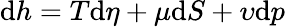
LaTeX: \mathrm{d}h=T\mathrm{d}\eta+\mu\mathrm{d}S+\upsilon\mathrm{d}p